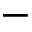
-